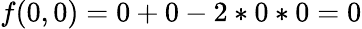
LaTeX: f(0,0)=0+0-2*0*0=0